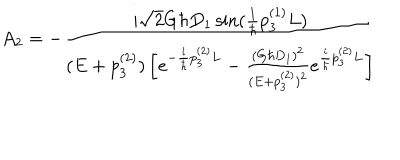
LaTeX: A _ { 2 } = - \frac { i \sqrt { 2 } G \hbar D _ { 1 } \sin ( \frac { 1 } { \hbar } p _ { 3 } ^ { ( 1 ) } L ) } { ( E + p _ { 3 } ^ { ( 2 ) } ) \left[ e ^ { - \frac { i } { \hbar } p _ { 3 } ^ { ( 2 ) } L } - \frac { ( G \hbar D _ { 1 } ) ^ { 2 } } { ( E + p _ { 3 } ^ { ( 2 ) } ) ^ { 2 } } e ^ { \frac { i } { \hbar } p _ { 3 } ^ { ( 2 ) } L } \right] }